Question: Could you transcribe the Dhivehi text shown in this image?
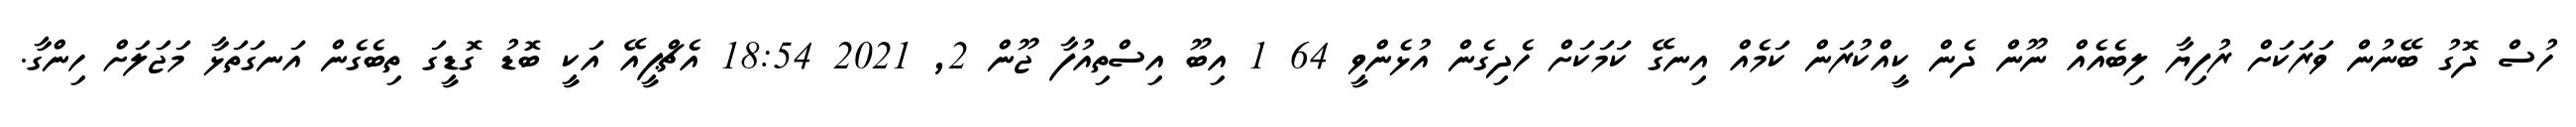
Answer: ހުސް ދޮގު ބޭނުން ވަރަކަށް ރުފިޔާ ލިބެއެއް ނޫން ދެން ކީއްކުރަން ކަމެއް އިނގޭ ކަމަކަށް ހެދިގެން އުޅެންވީ 64 1 އިބޫ އިސްތިއުފާ ޖޫން 2, 2021 18:54 އެޗްޕީއޭ އަކީ ބޮޑު ގޮޑީގަ ތިބެގެން އަނގަތަޅާ މަޖަލަށް ހިންގާ.